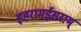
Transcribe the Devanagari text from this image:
इहरामईसराम्